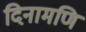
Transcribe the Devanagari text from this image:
दिनामणि